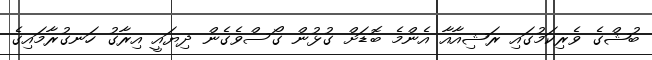
ބުޝްގެ ވެރިކަމުގައި ރަޝިއާއާ އެންމެ ބޮޑަށް ގުޅުން ގޯސްވެގެން ދިޔައީ އިރާގު ހަނގުރާމައިގެ